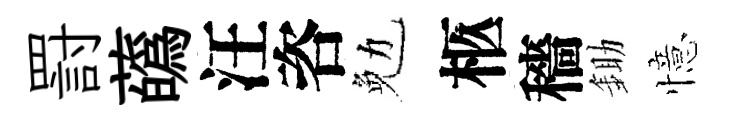
罸蘤汪咨勉柩穡鋤憶